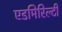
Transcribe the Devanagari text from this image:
एडमिरिल्टी